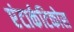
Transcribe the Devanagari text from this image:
एंटार्कटिकोस